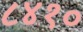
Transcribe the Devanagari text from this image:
८४१०